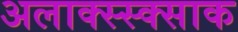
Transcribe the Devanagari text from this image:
अलाक्स्स्क्साक